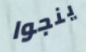
ينجوا